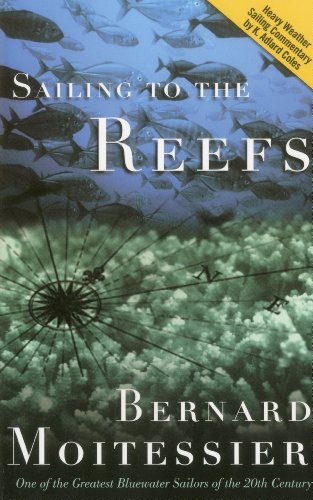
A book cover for Sailing to the Reefs; Bernard Moitessier; Travel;